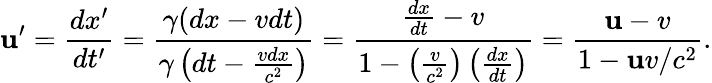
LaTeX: \mathbf{u}^{\prime}={\frac{{dx^{\prime}}}{{dt^{\prime}}}}={\frac{{\gamma(dx-vdt)}}{{\gamma\left(dt-{\frac{{vdx}}{{c^{2}}}}\right)}}}={\frac{{{\frac{{dx}}{{dt}}}-v}}{{1-\left({\frac{{v}}{{c^{2}}}}\right)\left({\frac{{dx}}{{dt}}}\right)}}}={\frac{{\mathbf{u}-v}}{{1-\mathbf{u}v/c^{2}}}}.